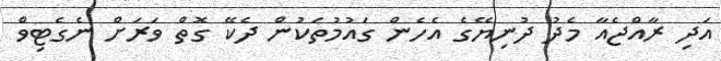
އަދި ރާއްޖެއާ މެދު ދުނިޔޭގެ އެހެން ގައުމުތަކުން ދެކޭ ގޮތް ވަރަށް ނެގެޓިވް